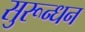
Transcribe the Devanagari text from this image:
सुरून्धन